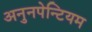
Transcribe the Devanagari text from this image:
अनुनपेन्टियम